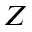
Z